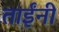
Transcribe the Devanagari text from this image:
ताईंनी